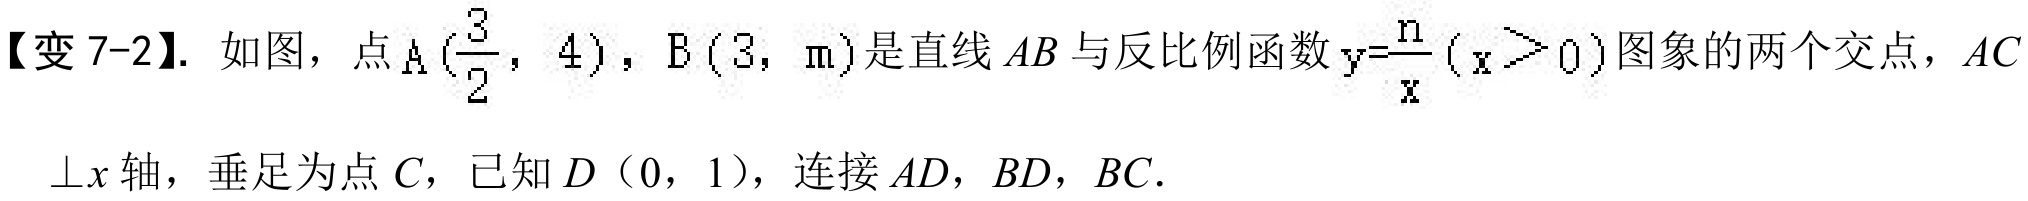
【变 7-2】. 如图，点\(A\left(\dfrac{3}{2},4\right)\)，\(B(3,\mathrm{m})\)是直线\(AB\)与反比例函数\(y = \dfrac{n}{x}(x>0)\)图象的两个交点，\(AC\)
\(\perp x\)轴，垂足为点\(C\)，已知\(D(0,1)\)，连接\(AD\)，\(BD\)，\(BC\).